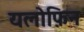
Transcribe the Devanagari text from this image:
यलोफ़िन